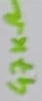
Text: 47KΩ